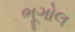
ભૂગોલ